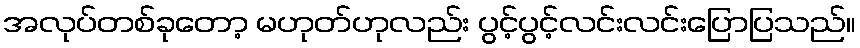
အလုပ်တစ်ခုတော့ မဟုတ်ဟုလည်း ပွင့်ပွင့်လင်းလင်းပြောပြသည်။